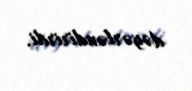
dəyərləndirirdi.